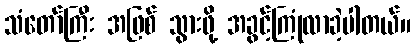
သံတော်ကြီး အဖြစ် သွားဖို့ အခွင့်ကြုံလာခဲ့ပါတယ်။